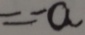
= - a